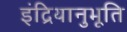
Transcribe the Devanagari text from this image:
इंद्रियानुभूति